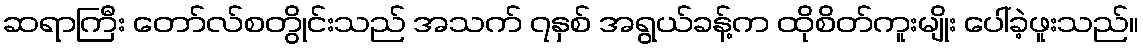
ဆရာကြီး တော်လ်စတွိုင်းသည် အသက် ၇နှစ် အရွယ်ခန့်က ထိုစိတ်ကူးမျိုး ပေါ်ခဲ့ဖူးသည်။